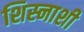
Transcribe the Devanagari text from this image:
शिस्नाशी